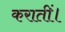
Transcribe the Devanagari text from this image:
करातीं।